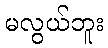
မလွယ်ဘူး